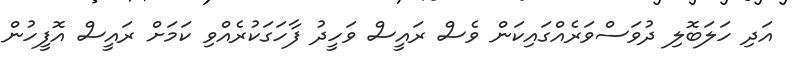
އަދި ހަލަބޮލި ދުވަސްވަރެއްގައިކަން ވެސް ރައީސް ވަހީދު ފާހަގަކުރެއްވި ކަމަށް ރައީސް އޮފީހުން